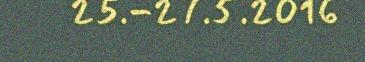
25.-27.5.2016